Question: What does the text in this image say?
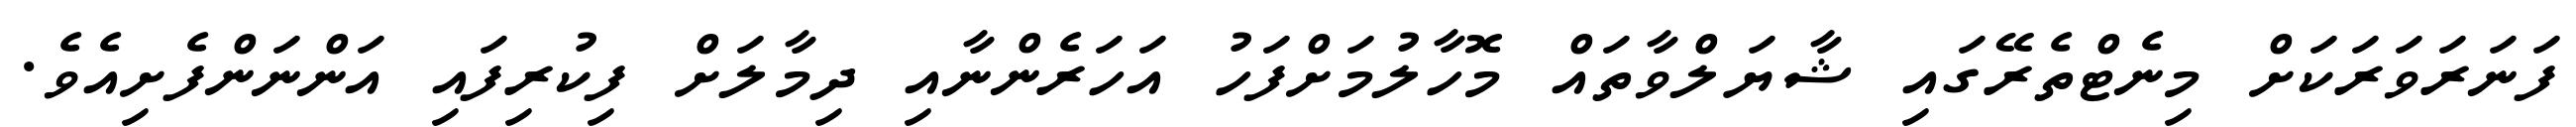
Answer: ފަނަރަވަރަކަށް މިނެޓްތެރޭގައި ޝާޔަލްވާތައް މޮހާލުމަށްފަހު އަހަރެންނާއި ދިމާލަށް ފިކުރިފައި އަންނަންފެށިއެވެ.